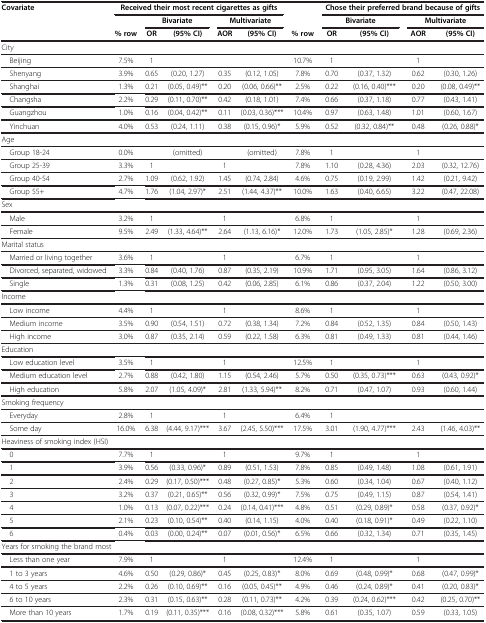
<table><thead><tr><td><b>Covariate</b></td><td colspan="5"><b>Received their most recent cigarettes as gifts</b></td><td><b> </b></td><td colspan="4"><b>Chose their preferred brand because of gifts</b></td></tr><tr><td><b> </b></td><td><b> </b></td><td colspan="2"><b>Bivariate</b></td><td colspan="2"><b>Multivariate</b></td><td><b> </b></td><td colspan="2"><b>Bivariate</b></td><td colspan="2"><b>Multivariate</b></td></tr><tr><td><b> </b></td><td><b>% row</b></td><td><b>OR</b></td><td><b>(95% CI)</b></td><td><b>AOR</b></td><td><b>(95% CI)</b></td><td><b>% row</b></td><td><b>OR</b></td><td><b>(95% CI)</b></td><td><b>AOR</b></td><td><b>(95% CI)</b></td></tr></thead><tbody><tr><td>City</td><td> </td><td> </td><td> </td><td> </td><td> </td><td> </td><td> </td><td> </td><td> </td><td> </td></tr><tr><td> Beijing</td><td>7.5%</td><td>1</td><td> </td><td> </td><td> </td><td>10.7%</td><td>1</td><td> </td><td>1</td><td> </td></tr><tr><td> Shenyang</td><td>3.9%</td><td>0.65</td><td>(0.20, 1.27)</td><td>0.35</td><td>(0.12, 1.05)</td><td>7.8%</td><td>0.70</td><td>(0.37, 1.32)</td><td>0.62</td><td>(0.30, 1.26)</td></tr><tr><td> Shanghai</td><td>1.3%</td><td>0.21</td><td>(0.05, 0.49)**</td><td>0.20</td><td>(0.06, 0.66)**</td><td>2.5%</td><td>0.22</td><td>(0.16, 0.40)***</td><td>0.20</td><td>(0.08, 0.49)**</td></tr><tr><td> Changsha</td><td>2.2%</td><td>0.29</td><td>(0.11, 0.70)**</td><td>0.42</td><td>(0.18, 1.01)</td><td>7.4%</td><td>0.66</td><td>(0.37, 1.18)</td><td>0.77</td><td>(0.43, 1.41)</td></tr><tr><td> Guangzhou</td><td>1.0%</td><td>0.16</td><td>(0.04, 0.42)**</td><td>0.11</td><td>(0.03, 0.36)***</td><td>10.4%</td><td>0.97</td><td>(0.63, 1.48)</td><td>1.01</td><td>(0.60, 1.67)</td></tr><tr><td> Yinchuan</td><td>4.0%</td><td>0.53</td><td>(0.24, 1.11)</td><td>0.38</td><td>(0.15, 0.96)*</td><td>5.9%</td><td>0.52</td><td>(0.32, 0.84)**</td><td>0.48</td><td>(0.26, 0.88)*</td></tr><tr><td>Age</td><td> </td><td> </td><td> </td><td> </td><td> </td><td> </td><td> </td><td> </td><td> </td><td> </td></tr><tr><td> Group 18-24</td><td>0.0%</td><td> </td><td>(omitted)</td><td> </td><td>(omitted)</td><td>7.8%</td><td>1</td><td> </td><td>1</td><td> </td></tr><tr><td> Group 25-39</td><td>3.3%</td><td>1</td><td> </td><td>1</td><td> </td><td>7.8%</td><td>1.10</td><td>(0.28, 4.36)</td><td>2.03</td><td>(0.32, 12.76)</td></tr><tr><td> Group 40-54</td><td>2.7%</td><td>1.09</td><td>(0.62, 1.92)</td><td>1.45</td><td>(0.74, 2.84)</td><td>4.6%</td><td>0.75</td><td>(0.19, 2.99)</td><td>1.42</td><td>(0.21, 9.42)</td></tr><tr><td> Group 55+</td><td>4.7%</td><td>1.76</td><td>(1.04, 2.97)*</td><td>2.51</td><td>(1.44, 4.37)**</td><td>10.0%</td><td>1.63</td><td>(0.40, 6.65)</td><td>3.22</td><td>(0.47, 22.08)</td></tr><tr><td>Sex</td><td> </td><td> </td><td> </td><td> </td><td> </td><td> </td><td> </td><td> </td><td> </td><td> </td></tr><tr><td> Male</td><td>3.2%</td><td>1</td><td> </td><td>1</td><td> </td><td>6.8%</td><td>1</td><td> </td><td>1</td><td> </td></tr><tr><td> Female</td><td>9.5%</td><td>2.49</td><td>(1.33, 4.64)**</td><td>2.64</td><td>(1.13, 6.16)*</td><td>12.0%</td><td>1.73</td><td>(1.05, 2.85)*</td><td>1.28</td><td>(0.69, 2.36)</td></tr><tr><td>Marital status</td><td> </td><td> </td><td> </td><td> </td><td> </td><td> </td><td> </td><td> </td><td> </td><td> </td></tr><tr><td> Married or living together</td><td>3.6%</td><td>1</td><td> </td><td>1</td><td> </td><td>6.7%</td><td>1</td><td> </td><td>1</td><td> </td></tr><tr><td> Divorced, separated, widowed</td><td>3.3%</td><td>0.84</td><td>(0.40, 1.76)</td><td>0.87</td><td>(0.35, 2.19)</td><td>10.9%</td><td>1.71</td><td>(0.95, 3.05)</td><td>1.64</td><td>(0.86, 3.12)</td></tr><tr><td> Single</td><td>1.3%</td><td>0.31</td><td>(0.08, 1.25)</td><td>0.42</td><td>(0.06, 2.85)</td><td>6.1%</td><td>0.86</td><td>(0.37, 2.04)</td><td>1.22</td><td>(0.50, 3.00)</td></tr><tr><td>Income</td><td> </td><td> </td><td> </td><td> </td><td> </td><td> </td><td> </td><td> </td><td> </td><td> </td></tr><tr><td> Low income</td><td>4.4%</td><td>1</td><td> </td><td>1</td><td> </td><td>8.6%</td><td>1</td><td> </td><td>1</td><td> </td></tr><tr><td> Medium income</td><td>3.5%</td><td>0.90</td><td>(0.54, 1.51)</td><td>0.72</td><td>(0.38, 1.34)</td><td>7.2%</td><td>0.84</td><td>(0.52, 1.35)</td><td>0.84</td><td>(0.50, 1.43)</td></tr><tr><td> High income</td><td>3.0%</td><td>0.87</td><td>(0.35, 2.14)</td><td>0.59</td><td>(0.22, 1.58)</td><td>6.3%</td><td>0.81</td><td>(0.49, 1.33)</td><td>0.81</td><td>(0.44, 1.46)</td></tr><tr><td>Education</td><td> </td><td> </td><td> </td><td> </td><td> </td><td> </td><td> </td><td> </td><td> </td><td> </td></tr><tr><td> Low education level</td><td>3.5%</td><td>1</td><td> </td><td>1</td><td> </td><td>12.5%</td><td>1</td><td> </td><td>1</td><td> </td></tr><tr><td> Medium education level</td><td>2.7%</td><td>0.88</td><td>(0.42, 1.80)</td><td>1.15</td><td>(0.54, 2.46)</td><td>5.7%</td><td>0.50</td><td>(0.35, 0.73)***</td><td>0.63</td><td>(0.43, 0.92)*</td></tr><tr><td> High education</td><td>5.8%</td><td>2.07</td><td>(1.05, 4.09)*</td><td>2.81</td><td>(1.33, 5.94)**</td><td>8.2%</td><td>0.71</td><td>(0.47, 1.07)</td><td>0.93</td><td>(0.60, 1.44)</td></tr><tr><td>Smoking frequency</td><td> </td><td> </td><td> </td><td> </td><td> </td><td> </td><td> </td><td> </td><td> </td><td> </td></tr><tr><td> Everyday</td><td>2.8%</td><td>1</td><td> </td><td>1</td><td> </td><td>6.4%</td><td>1</td><td> </td><td> </td><td> </td></tr><tr><td> Some day</td><td>16.0%</td><td>6.38</td><td>(4.44, 9.17)***</td><td>3.67</td><td>(2.45, 5.50)***</td><td>17.5%</td><td>3.01</td><td>(1.90, 4.77)***</td><td>2.43</td><td>(1.46, 4.03)**</td></tr><tr><td colspan="3">Heaviness of smoking index (HSI)</td><td> </td><td> </td><td> </td><td> </td><td> </td><td> </td><td> </td><td> </td></tr><tr><td> 0</td><td>7.7%</td><td>1</td><td> </td><td>1</td><td> </td><td>9.7%</td><td>1</td><td> </td><td>1</td><td> </td></tr><tr><td> 1</td><td>3.9%</td><td>0.56</td><td>(0.33, 0.96)*</td><td>0.89</td><td>(0.51, 1.53)</td><td>7.8%</td><td>0.85</td><td>(0.49, 1.48)</td><td>1.08</td><td>(0.61, 1.91)</td></tr><tr><td> 2</td><td>2.4%</td><td>0.29</td><td>(0.17, 0.50)***</td><td>0.48</td><td>(0.27, 0.85)*</td><td>5.3%</td><td>0.60</td><td>(0.34, 1.04)</td><td>0.67</td><td>(0.40, 1.12)</td></tr><tr><td> 3</td><td>3.2%</td><td>0.37</td><td>(0.21, 0.65)**</td><td>0.56</td><td>(0.32, 0.99)*</td><td>7.5%</td><td>0.75</td><td>(0.49, 1.15)</td><td>0.87</td><td>(0.54, 1.41)</td></tr><tr><td> 4</td><td>1.0%</td><td>0.13</td><td>(0.07, 0.22)***</td><td>0.24</td><td>(0.14, 0.41)***</td><td>4.8%</td><td>0.51</td><td>(0.29, 0.89)*</td><td>0.58</td><td>(0.37, 0.92)*</td></tr><tr><td> 5</td><td>2.1%</td><td>0.23</td><td>(0.10, 0.54)**</td><td>0.40</td><td>(0.14, 1.15)</td><td>4.0%</td><td>0.40</td><td>(0.18, 0.91)*</td><td>0.49</td><td>(0.22, 1.10)</td></tr><tr><td> 6</td><td>0.4%</td><td>0.03</td><td>(0.00, 0.24)**</td><td>0.07</td><td>(0.01, 0.56)*</td><td>6.5%</td><td>0.66</td><td>(0.32, 1.34)</td><td>0.71</td><td>(0.35, 1.45)</td></tr><tr><td colspan="3">Years for smoking the brand most</td><td> </td><td> </td><td> </td><td> </td><td> </td><td> </td><td> </td><td> </td></tr><tr><td> Less than one year</td><td>7.9%</td><td>1</td><td> </td><td>1</td><td> </td><td>12.4%</td><td>1</td><td> </td><td>1</td><td> </td></tr><tr><td> 1 to 3 years</td><td>4.6%</td><td>0.50</td><td>(0.29, 0.86)*</td><td>0.45</td><td>(0.25, 0.83)*</td><td>8.0%</td><td>0.69</td><td>(0.48, 0.99)*</td><td>0.68</td><td>(0.47, 0.99)*</td></tr><tr><td> 4 to 5 years</td><td>2.2%</td><td>0.26</td><td>(0.10, 0.69)**</td><td>0.16</td><td>(0.05, 0.45)**</td><td>4.9%</td><td>0.46</td><td>(0.24, 0.89)*</td><td>0.41</td><td>(0.20, 0.83)*</td></tr><tr><td> 6 to 10 years</td><td>2.3%</td><td>0.31</td><td>(0.15, 0.63)**</td><td>0.28</td><td>(0.11, 0.73)**</td><td>4.2%</td><td>0.39</td><td>(0.24, 0.62)***</td><td>0.42</td><td>(0.25, 0.70)**</td></tr><tr><td> More than 10 years</td><td>1.7%</td><td>0.19</td><td>(0.11, 0.35)***</td><td>0.16</td><td>(0.08, 0.32)***</td><td>5.8%</td><td>0.61</td><td>(0.35, 1.07)</td><td>0.59</td><td>(0.33, 1.05)</td></tr></tbody></table>